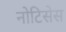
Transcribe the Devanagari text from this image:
नोटिसेस